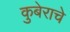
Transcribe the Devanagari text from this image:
कुबेराचे